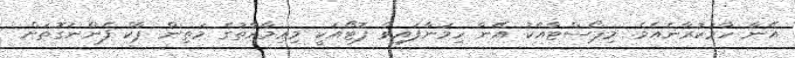
އޭނާ ހާމަކުރާނެއެވެ. މިޕޯސްޓާއެކު އޭނާ ހިމަނާފައިވާ ފޮޓޯއަކީ މިޢިމާރާތުގެ މަތިން ޕާކް ފެންނަގޮތަށް